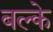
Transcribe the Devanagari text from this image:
बल्के